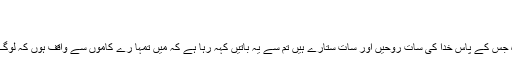
۲ یوحنّا ۳ - انجیل مقدس [اردو بائبل 2000+]
۲ یوحنّا ۳
“سردیس کی کلیساء کے فرشتے کو یہ لکھو کہ :” وہ جس کے پاس خدا کی سات روحیں اور سات ستارے ہیں تم سے یہ باتیں کہہ رہا ہے کہ میں تمہا رے کاموں سے واقف ہوں کہ لوگ تجھے زندہ کہتے ہیں لیکن حقیقت میں تو مردہ ہے۔